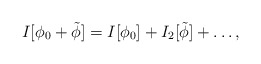
\begin{align*}I[\phi_0 +\tilde{\phi}]=I[\phi_0]+I_2[\tilde{\phi}]+\ldots,\end{align*}